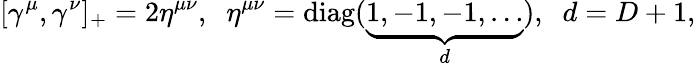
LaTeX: \lbrack\gamma^{\mu},\gamma^{\nu}]_{+}=2\eta^{\mu\nu},\; \; \eta^{\mu\nu}=\mathrm{diag}(\underbrace{1,-1,-1,\ldots}_{d}),\; \; d=D+1,